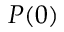
P ( 0 )